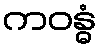
ကဝန္ဓံ